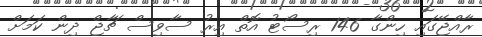
ރާއްޖޭގައި ހިންގާ 146 ރިސޯޓު އޮތް އިރު ސާވިސް ޗާޖް ދިން ކަމަށް